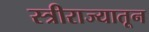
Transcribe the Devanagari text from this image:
स्त्रीराज्यातून